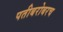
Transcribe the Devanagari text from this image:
पतीबरोबरच